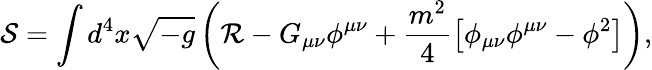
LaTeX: {\mathcal{S}}=\int{d^{4}x\sqrt{-g}\left({\mathcal{R}}-G_{\mu\nu}\phi^{\mu\nu}+\frac{m^{2}}{4}\left[\phi_{\mu\nu}\phi^{\mu\nu}-\phi^{2}\right]\right)},